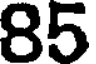
85